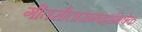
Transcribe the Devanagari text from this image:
गीतसीतारामपट्टाभिषेक